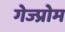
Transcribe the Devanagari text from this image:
गेज्प्रोम